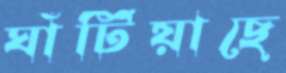
ঘাঁটিয়াছে